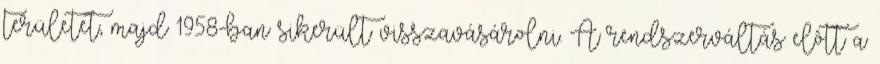
területet, majd 1958-ban sikerült visszavásárolni. A rendszerváltás elôtt a